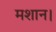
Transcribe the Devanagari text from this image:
मशान।